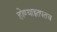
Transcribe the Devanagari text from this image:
होण्याइतपतच